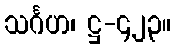
သင်္ဂဟ၊ ဋ္ဌ-၄၂၃။